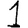
Digit: 1